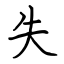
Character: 失